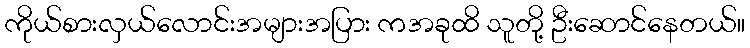
ကိုယ်စားလှယ်လောင်းအများအပြား ကအခုထိ သူတို့ ဦးဆောင်နေတယ်။